Civil Veterinary Department. Central Provinces & Berar 1925-31 - 1925-1931
Year: 1925
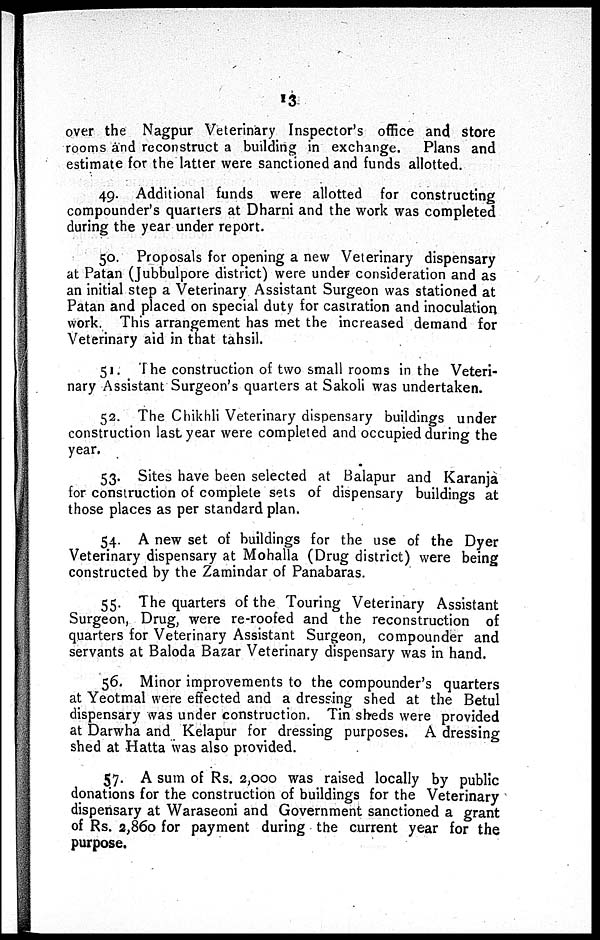
13
over the Nagpur Veterinary Inspector's office and store
rooms and reconstruct a building in exchange. Plans and
estimate for the latter were sanctioned and funds allotted.
49. Additional funds were allotted for constructing
compounder's quarters at Dharni and the work was completed
during the year under report.
50. Proposals for opening a new Veterinary dispensary
at Patan (Jubbulpore district) were under consideration and as
an initial step a Veterinary Assistant Surgeon was stationed at
Patan and placed on special duty for castration and inoculation
work. This arrangement has met the increased demand for
Veterinary aid in that tahsil.
51. The construction of two small rooms in the Veteri-
nary Assistant Surgeon's quarters at Sakoli was undertaken.
52. The Chikhli Veterinary dispensary buildings under
construction last year were completed and occupied during the
year.
53. Sites have been selected at Balapur and Karanja
for construction of complete sets of dispensary buildings at
those places as per standard plan.
54. A new set of buildings for the use of the Dyer
Veterinary dispensary at Mohalla (Drug district) were being
constructed by the Zamindar of Panabaras.
55. The quarters of the Touring Veterinary Assistant
Surgeon, Drug, were re-roofed and the reconstruction of
quarters for Veterinary Assistant Surgeon, compounder and
servants at Baloda Bazar Veterinary dispensary was in hand.
56. Minor improvements to the compounder's quarters
at Yeotmal were effected and a dressing shed at the Betul
dispensary was under construction. Tin sheds were provided
at Darwha and Kelapur for dressing purposes. A dressing
shed at Hatta was also provided.
57. A sum of Rs. 2,000 was raised locally by public
donations for the construction of buildings for the Veterinary
dispensary at Waraseoni and Government sanctioned a grant
of Rs. 2,860 for payment during the current year for the
purpose.